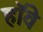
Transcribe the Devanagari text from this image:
हॉवे